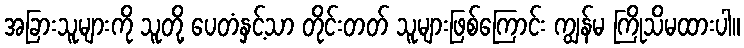
အခြားသူများကို သူတို့ ပေတံနှင့်သာ တိုင်းတတ် သူများဖြစ်ကြောင်း ကျွန်မ ကြိုသိမထားပါ။